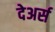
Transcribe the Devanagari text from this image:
देअर्स